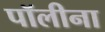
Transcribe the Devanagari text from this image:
पॉलीना